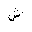
Letter: _shin